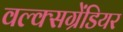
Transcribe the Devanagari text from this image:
वल्क्सग्रेंडियर